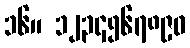
၁၆။ ၁၂၃၄၅၆၇၈၉၀